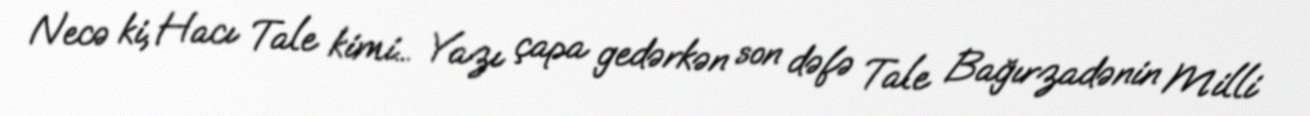
Necə ki, Hacı Tale kimi... Yazı çapa gedərkən son dəfə Tale Bağırzadənin Milli